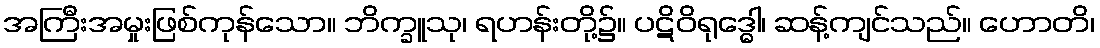
အကြီးအမှုးဖြစ်ကုန်သော။ ဘိက္ခူသု၊ ရဟန်းတို့၌။ ပဋိဝိရုဒ္ဓေါ၊ ဆန့်ကျင်သည်။ ဟောတိ၊